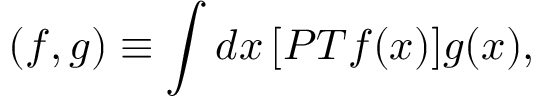
( f , g ) \equiv \int d x \, [ { \cal P T } f ( x ) ] g ( x ) ,